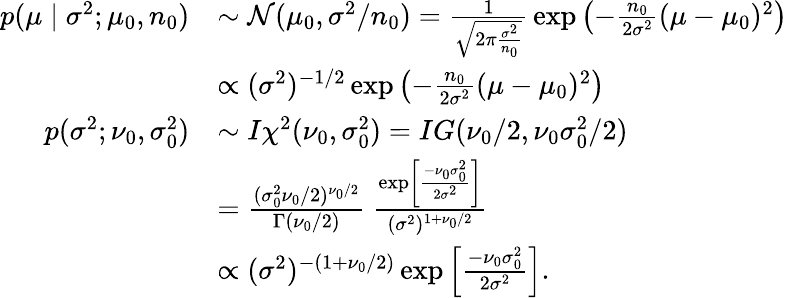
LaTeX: {\begin{array}{rl}{p(\mu\mid\sigma^{2};\mu_{0},n_{0})}&{\sim{\mathcal{N}}(\mu_{0},\sigma^{2}/n_{0})={\frac{1}{\sqrt{2\pi{\frac{\sigma^{2}}{n_{0}}}}}}\exp\left(-{\frac{n_{0}}{2\sigma^{2}}}(\mu-\mu_{0})^{2}\right)}\\ &{\propto(\sigma^{2})^{-1/2}\exp\left(-{\frac{n_{0}}{2\sigma^{2}}}(\mu-\mu_{0})^{2}\right)}\\ {p(\sigma^{2};\nu_{0},\sigma_{0}^{2})}&{\sim I\chi^{2}(\nu_{0},\sigma_{0}^{2})=IG(\nu_{0}/2,\nu_{0}\sigma_{0}^{2}/2)}\\ &{={\frac{(\sigma_{0}^{2}\nu_{0}/2)^{\nu_{0}/2}}{\Gamma(\nu_{0}/2)}}~{\frac{\exp\left[{\frac{-\nu_{0}\sigma_{0}^{2}}{2\sigma^{2}}}\right]}{(\sigma^{2})^{1+\nu_{0}/2}}}}\\ &{\propto{(\sigma^{2})^{-(1+\nu_{0}/2)}}\exp\left[{\frac{-\nu_{0}\sigma_{0}^{2}}{2\sigma^{2}}}\right].}\end{array}}